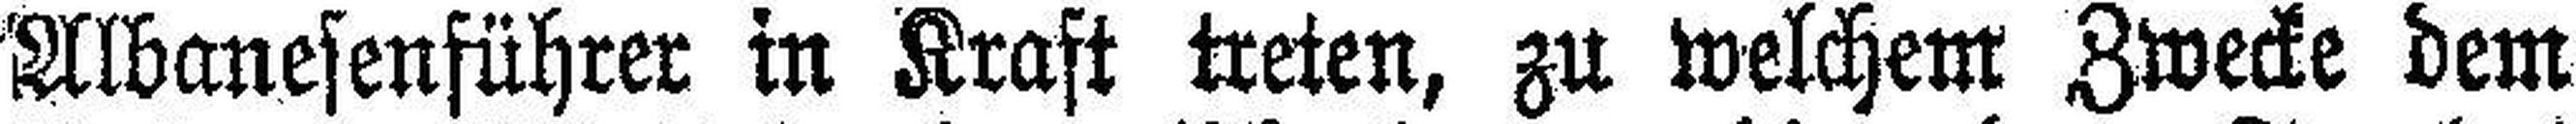
Albanesenführer in Kraft treten, zu welchem Zwecke dem